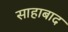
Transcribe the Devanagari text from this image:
साहाबाद